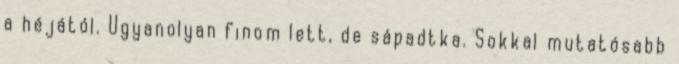
a héjától. Ugyanolyan finom lett, de sápadtka. Sokkal mutatósabb